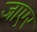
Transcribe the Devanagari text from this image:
जाएर